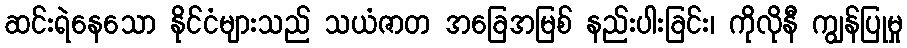
ဆင်းရဲနေသော နိုင်ငံများသည် သယံဇာတ အခြေအမြစ် နည်းပါးခြင်း၊ ကိုလိုနီ ကျွန်ပြုမှု